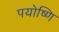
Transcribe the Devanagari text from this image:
पयोष्णि